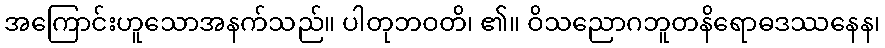
အကြောင်းဟူသောအနက်သည်။ ပါတုဘဝတိ၊ ၏။ ဝိသညောဂဘူတနိရောဓဒဿနေန၊